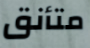
متأنق